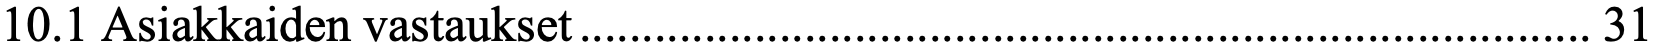
10.1 Asiakkaiden vastaukset ................................................................................. 31